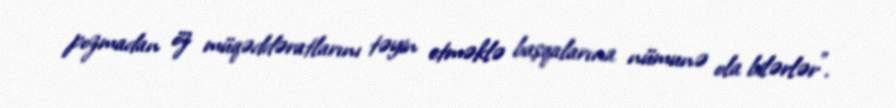
pozmadan öz müqəddəratlarını təyin etməklə başqalarına nümunə ola bilərlər”.